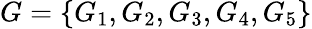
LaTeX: G=\left\{ G_{1},G_{2},G_{3},G_{4},G_{5}\right\}